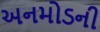
અનમોડની